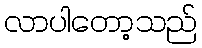
လာပါတော့သည်